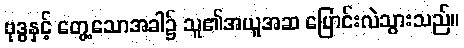
ဗုဒ္ဓနှင့် တွေ့သောအခါ၌ သူ၏အယူအဆ ပြောင်းလဲသွားသည်။